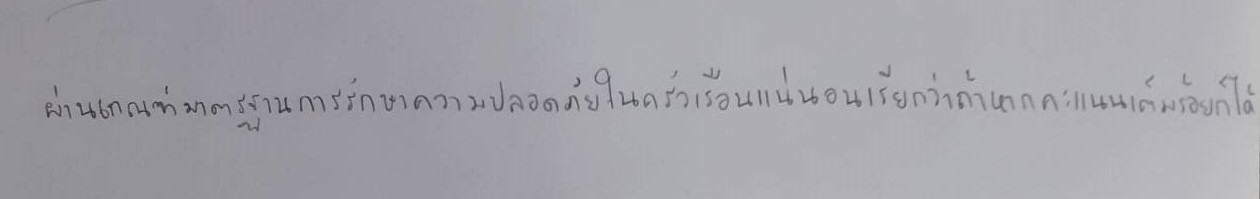
ผ่านเกณฑ์มาตรฐานการรักษาความปลอดภัยในครัวเรือนแน่นอนเรียกว่าถ้าหากคะแนนเต็มร้อยก็ได้